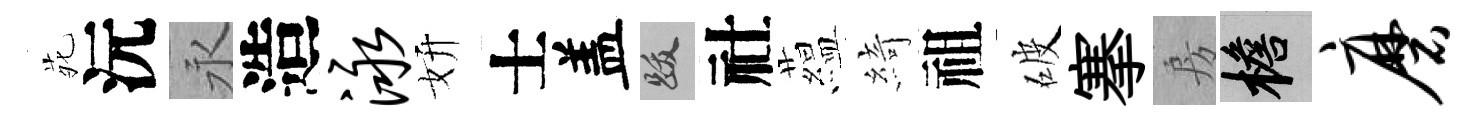
𫟍沅永造泳妍士盖跋社藴綺祖破搴房檐磨